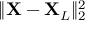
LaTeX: \| \mathbf { X } - \mathbf { X } _ { L } \| _ { 2 } ^ { 2 }